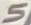
Text: 5